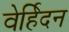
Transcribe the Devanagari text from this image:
वेर्हिदन